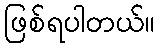
ဖြစ်ရပါတယ်။